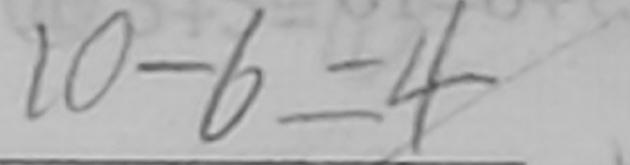
1 0 - 6 = 4